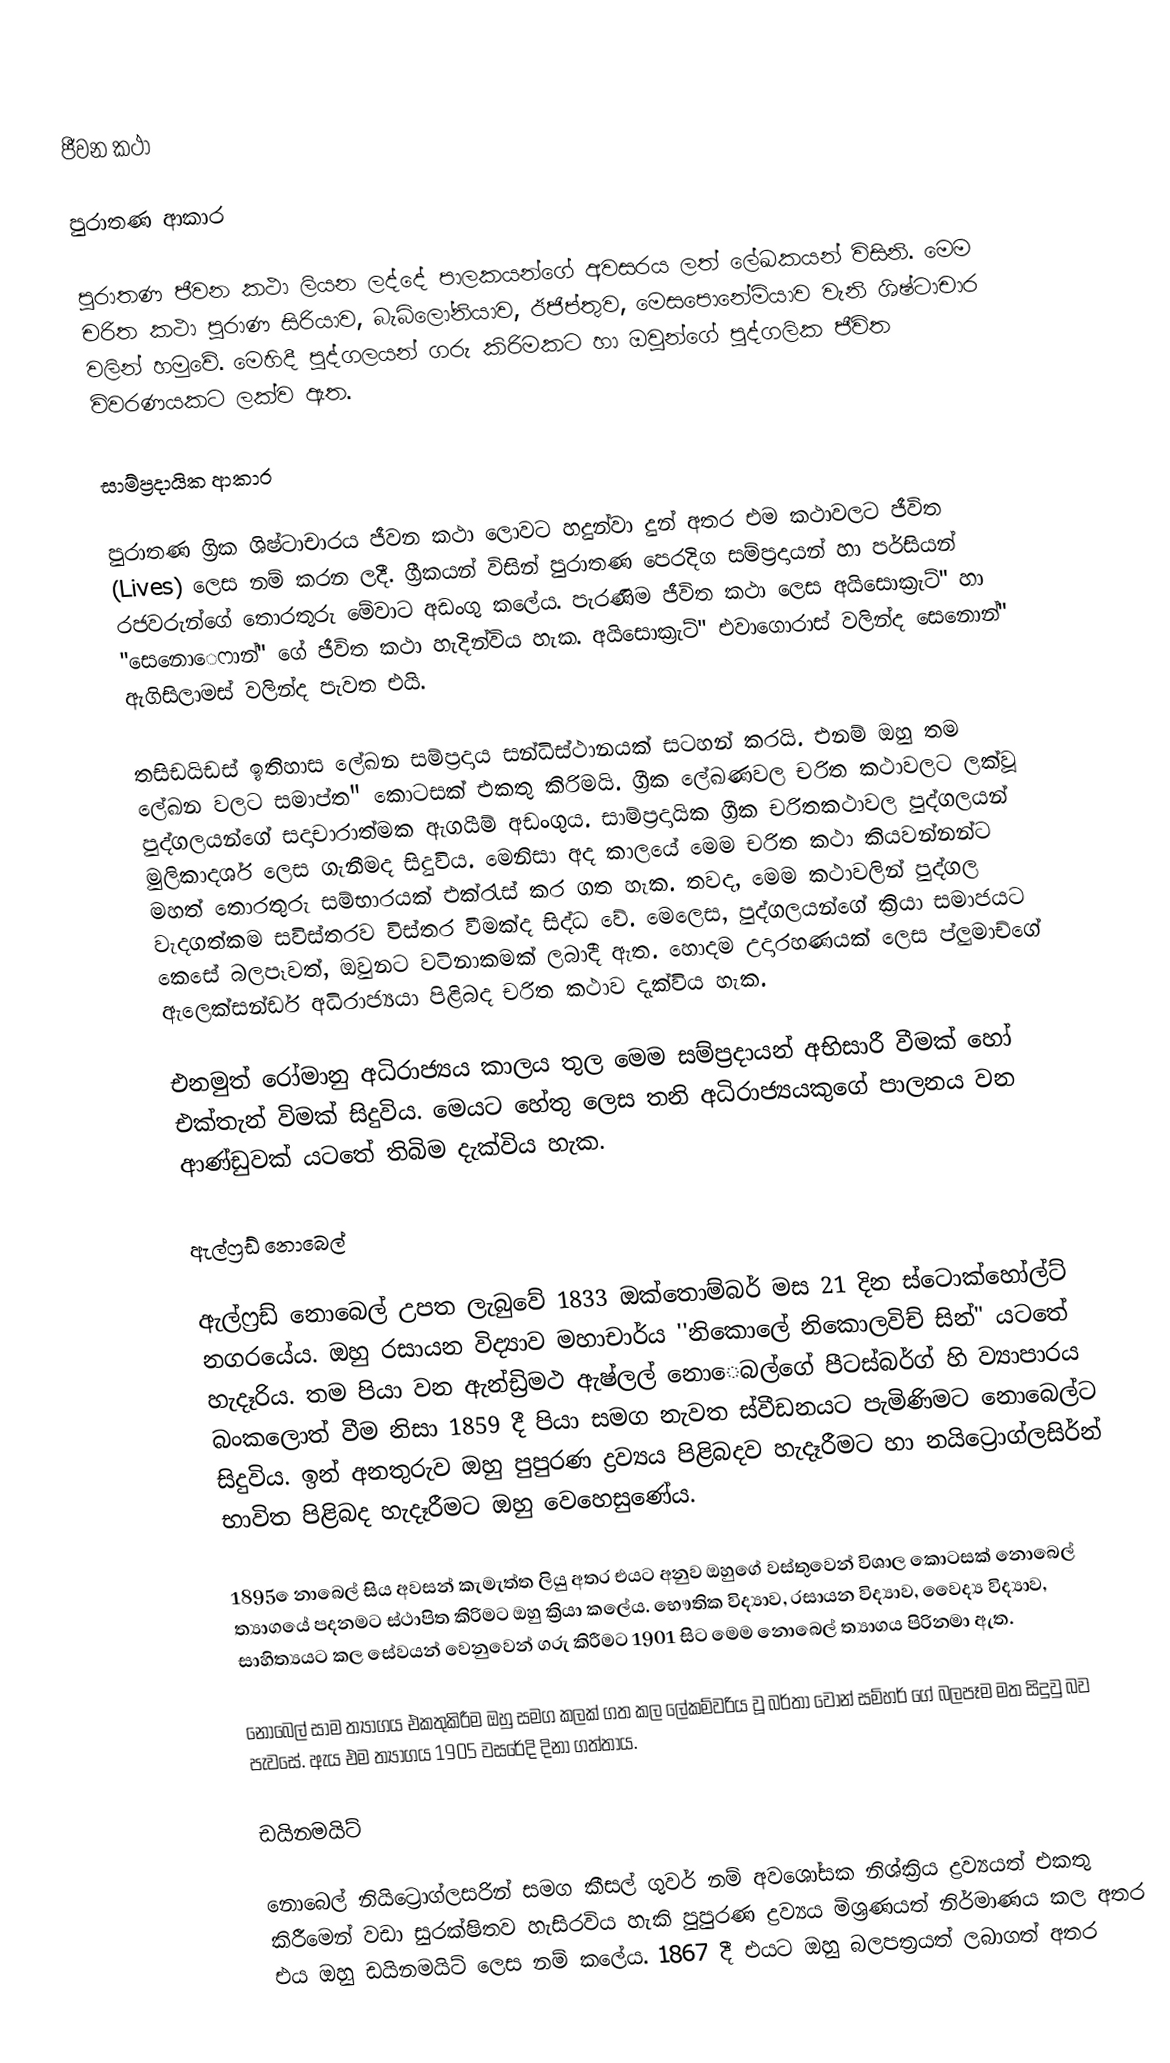
ජීවන කථා

පුරාතණ ආකාර

පුරාතණ ජීවන කථා ලියන ලද්දේ පාලකයන්ගේ අවසරය ලත් ලේඛකයන් විසිනි. මෙම චරිත කථා පුරාණ සිරියාව, බැබිලෝනියාව, ඊජිප්තුව, මෙසපොනේමියාව වැනි ශිෂ්ටාචාර වලින් හමුවේ. මෙහිදී පුද්ගලයන් ගරු කිරිමකට හා ඔවුන්ගේ පුද්ගලික ජීවිත විවරණයකට ලක්ව ඇත.‍

සාම්ප්‍රදායික ආකාර

පුරාතණ ග්‍රික ශිෂ්ටාචාරය ජීවන කථා ලොවට හදුන්වා දුන් අතර එම කථාවලට ජීවිත (Lives) ලෙස නම් කරන ලදී. ග්‍රීකයන් විසින් පුරාතණ පෙරදිග සම්ප්‍රදායන් හා පර්සියන් රජවරුන්ගේ තොරතුරු මේවාට අඩංගු කලේය. පැරණිම ජීවිත කථා ලෙස අයිසොක්‍රැට්" හා "සෙනො‍ෙෆාන්" ගේ ජීවිත කථා හැදින්විය හැක. අයිසොක්‍රැට්" එවාගො‍රාස් වලින්ද සෙනොන්" ඇගිසිලාමස් වලින්ද පැවත එයි.

තසිඩයිඩස් ඉතිහාස ලේඛන සම්ප්‍රදාය සන්ධිස්ථානයක් සටහන් කරයි. එනම් ඔහු තම ලේඛන වලට සමාප්ත" කොටසක් එකතු කිරිමයි. ග්‍රීක ලේඛණවල චරිත කථාවලට ලක්වූ පුද්ගලයන්ගේ සදාචාරාත්මක ඇගයීම් අඩංගුය. සාම්ප්‍රදායික ග්‍රීක චරිතකථාවල පුද්ගලයන් මුලිකාදර්ශ ලෙස ගැනීමද සිදුවිය. මෙනිසා අද කාලයේ මෙම චරිත කථා කියවන්නන්ට මහත් තොරතුරු සම්භාරයක් එක්රැස් කර ගත හැක. තවද, මෙම කථාවලින් පුද්ගල වැදගත්කම සවිස්තරව විස්තර වීමක්ද සිද්ධ වේ. මෙලෙස, පුද්ගලයන්ගේ ක්‍රියා සමාජයට කෙසේ බලපෑවත්, ඔවුනට වටිනාකමක් ලබාදී ඇත. හොදම උදාරහණයක් ලෙස ප්ලුමාච්ගේ ඇලෙක්සන්ඩර් අධිරාජ්‍යයා පිළිබද චරිත කථාව දැක්විය හැක.

එනමුත් රෝමානු අධිරාජ්‍යය කාලය තුල මෙම සම්ප්‍රදායන් අභිසාරී වීමක් හෝ එක්තැන් විමක් සිදුවිය. මෙයට හේතු ලෙස තනි අධිරාජ්‍යයකුගේ පාලනය වන ආණ්ඩුවක් යටතේ තිබිම දැක්විය හැක.

ඇල්ෆ්‍රඩ් නොබෙල්

ඇල්ෆ්‍රඩ් නොබෙල් උපත ලැබුවේ 1833 ඔක්තොම්බර් මස 21 දින ස්ටොක්හෝල්ට් නගරයේය. ඔහු රසායන විද්‍යාව මහාචාර්ය ''නිකොලේ නිකොලවිච් සින්" යටතේ හැදෑරිය. තම පියා වන ඇන්ඩ්‍රිමථ ඇෂ්ලල් නො‍ෙබල්ගේ පීටස්බර්ග් හි ව්‍යාපාරය බංකලොත් වීම නිසා 1859 දී පියා සමග නැවත ස්වීඩනයට පැමිණිමට නොබෙල්ට සිදුවිය. ඉන් අනතුරුව ඔහු පුපුරණ ද්‍රව්‍යය පිළිබදව හැදෑරීමට හා නයිට්‍රොග්ලසිර්න් භාවිත පිළිබද හැදෑරීමට ඔහු වෙහෙසුණේය.

1895 ‍ෙනාබෙල් සිය අවසන් කැමැත්ත ලියු අතර එයට අනුව ඔහුගේ වස්තුවෙන් විශාල කොටසක් නොබෙල් ත්‍යාගයේ පදනමට ස්ථාපිත කිරිමට ඔහු ක්‍රියා කලේය. භෞතික විද්‍යාව, රසායන විද්‍යාව, වෛද්‍ය විද්‍යාව, සාහිත්‍යයට කල සේවයන් වෙනුවෙන් ගරු කිරීමට 1901 සිට මෙම නොබෙල් ත්‍යාගය පිරිනමා ඇත.‍

නොබෙල් සාම ත්‍යාගය එකතුකිරීම ඔහු සමග කලක් ගත කල ලේකම්වරිය වූ බර්තා වොන් සම්හර් ගේ බලපෑම මත සිදුවු බව පැවසේ. ඇය එම ත්‍යාගය 1905 වසරේදි දිනා ගත්තාය.

ඩයිනමයිට්

නොබෙල් නියිට්‍රොග්ලසරින් සමග කීසල් ගුවර් නම් අවශෝසක නිශ්ක්‍රිය ද්‍රව්‍යයත් එකතු කිරීමෙන් වඩා සුරක්ෂිතව හැසිරවිය හැකි පුපුරණ ද්‍රව්‍යය මිශ්‍රණයත් නිර්මාණය කල අතර එය ඔහු ඩයිනමයිට් ලෙස නම් කලේය. 1867 දී එයට ඔහු බලපත්‍රයත් ලබාගත් අතර